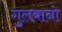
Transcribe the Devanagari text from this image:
गुलबानो